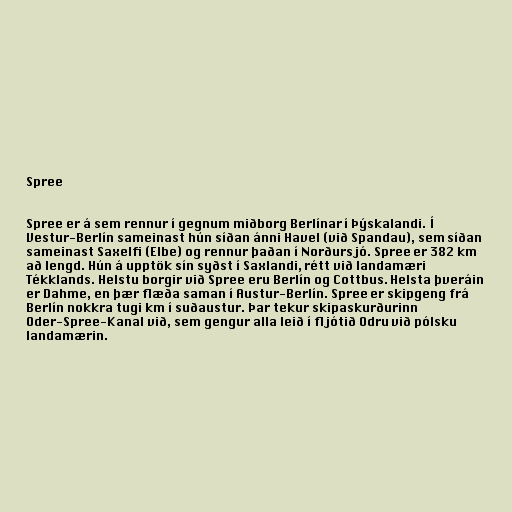
Spree

Spree er á sem rennur í gegnum miðborg Berlínar í Þýskalandi. Í
Vestur-Berlín sameinast hún síðan ánni Havel (við Spandau), sem síðan
sameinast Saxelfi (Elbe) og rennur þaðan í Norðursjó. Spree er 382 km
að lengd. Hún á upptök sín syðst í Saxlandi, rétt við landamæri
Tékklands. Helstu borgir við Spree eru Berlín og Cottbus. Helsta þveráin
er Dahme, en þær flæða saman í Austur-Berlín. Spree er skipgeng frá
Berlín nokkra tugi km í suðaustur. Þar tekur skipaskurðurinn
Oder-Spree-Kanal við, sem gengur alla leið í fljótið Odru við pólsku
landamærin.